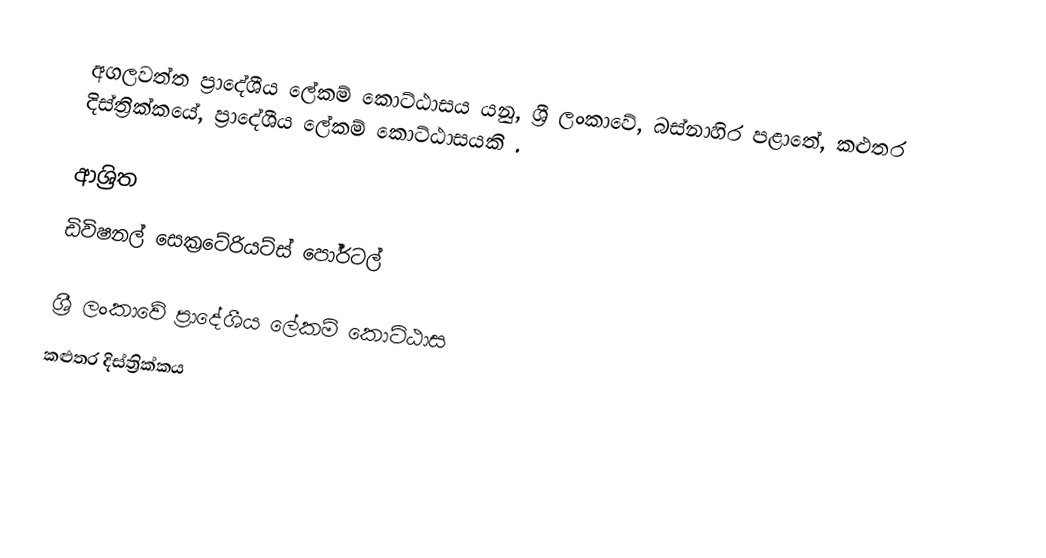
අගලවත්ත ප්‍රාදේශීය ලේකම් කොට්ඨාසය යනු,  ශ්‍රී ලංකාවේ, බස්නාහිර පළාතේ,   කළුතර දිස්ත්‍රික්කයේ, ප්‍රාදේශීය ලේකම් කොට්ඨාසයකි .

ආශ්‍රිත
 ඩිවිෂනල් සෙක්‍රටේරියට්ස් පෝර්ටල්

ශ්‍රී ලංකාවේ ප්‍රාදේශීය ලේකම් කොට්ඨාස
කළුතර දිස්ත්‍රික්කය